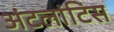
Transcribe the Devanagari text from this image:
अंटलांटिस